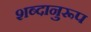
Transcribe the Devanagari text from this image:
शब्दानुरूप